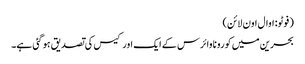
( فوٹو: اوال اون لائن)
بحرین میں کورونا وائرس کے ایک اور کیس کی تصدیق ہو گئی ہے۔